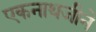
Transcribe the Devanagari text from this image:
एकनाथजीने